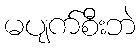
မပျက်စီးဘဲ